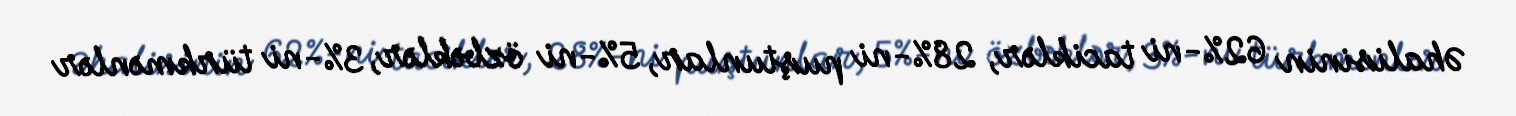
Əhalisinin 62%-ni taciklər, 28%-ni puştunlar, 5%-ni özbəklər, 3%-ni türkmənlər